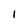
Character: 1